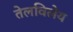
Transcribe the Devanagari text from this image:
तेलविलेय